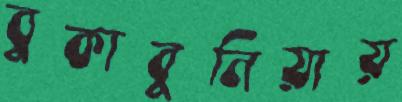
বুকাবুনিয়ায়